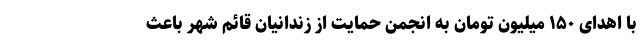
با اهدای ۱۵۰ میلیون تومان به انجمن حمایت از زندانیان قائم شهر باعث